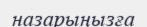
назарыңызға